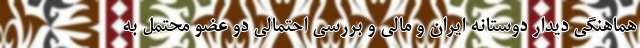
هماهنگی دیدار دوستانه ایران و مالی و بررسی احتمالی دو عضو محتمل به